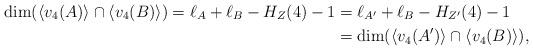
LaTeX: \begin{align*}\dim(\langle{}v_4(A)\rangle{}\cap \langle{}v_4(B)\rangle{})= \ell_A+\ell_B-H_Z(4)-1 &= \ell_{A'}+\ell_B-H_{Z'}(4)-1 \\&=\dim(\langle{}v_4(A')\rangle{}\cap \langle{}v_4(B)\rangle{}),\end{align*}